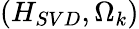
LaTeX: (H_{SVD},\Omega_{k})